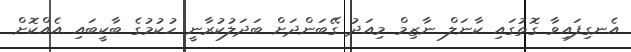
އެނގިފައިވާ ގޮތުގައި ކާނަލް ނާޒިމް މިއަދު ގޭބަންދަށް ބަދަލުކުރާނީ ހުކުމުގެ ބާކީބައި އެއްކޮށް